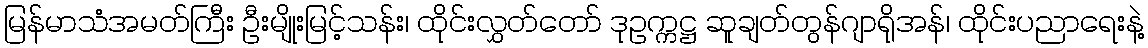
မြန်မာသံအမတ်ကြီး ဦးမျိုးမြင့်သန်း၊ ထိုင်းလွှတ်တော် ဒုဥက္ကဋ္ဌ ဆူချတ်တွန်ဂျာရိုအန်၊ ထိုင်းပညာရေးနဲ့